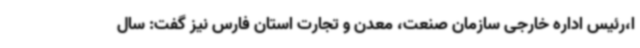
ا،رئیس اداره خارجی سازمان صنعت، معدن و تجارت استان فارس نیز گفت: سال